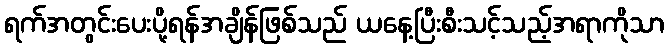
ရက်အတွင်းပေးပို့ရန်အချိန်ဖြစ်သည် ယနေ့ပြီးစီးသင့်သည့်အရာကိုသာ